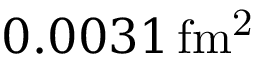
0 . 0 0 3 1 \, \mathrm { f m ^ { 2 } }